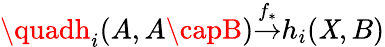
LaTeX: {}\quadh_{i}(A,A\capB){\overset{f_{*}}{\to}}h_{i}(\mathit{X},B)